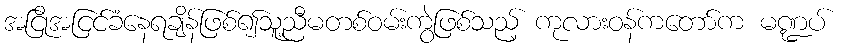
အငြိုအငြင်ခံနေရချိန်ဖြစ်၍သူ့ညီမတစ်ဝမ်းကွဲဖြစ်သည့် ကုလားဝန်ကတော်က မဏ္ဍပ်